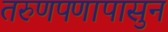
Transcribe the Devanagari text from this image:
तरुणपणापासुन